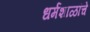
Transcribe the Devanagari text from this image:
धर्मशाळांचे